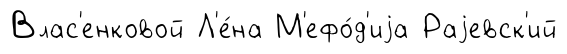
Влас'енковой Л'е́на М'ефо́д'иjа Раjевск'ий